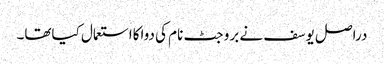
دراصل یوسف نے بروجٹ نام کی دواکااستعمال کیاتھا۔